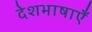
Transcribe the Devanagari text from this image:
देशभाषाएँ